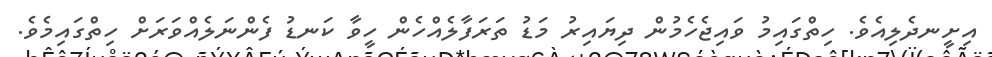
އިށީނދެލިއެވެ. ހިތްގައިމު ވައިޖެހެމުން ދިޔައިރު މަޑު ތަރަފާލެއްހެން ހީވާ ކަނޑު ފެންނަލެއްވަރަށް ހިތްގައިމެވެ.